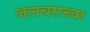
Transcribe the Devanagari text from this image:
जलचराच्या